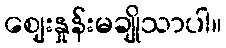
ဈေးနှုန်းမချိုသာပါ။